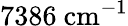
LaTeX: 7386~\mathrm{cm^{-1}}